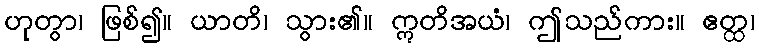
ဟုတွာ၊ ဖြစ်၍။ ယာတိ၊ သွား၏။ ဣတိအယံ၊ ဤသည်ကား။ ဧတ္ထ၊